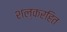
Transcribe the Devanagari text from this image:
शल्करहित